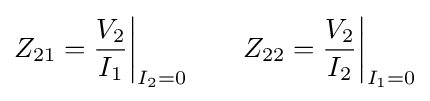
Z_{21}={V_{2} \over I_{1}}{\bigg |}_{I_{2}=0}\qquad Z_{22}={V_{2} \over I_{2}}{\bigg |}_{I_{1}=0}